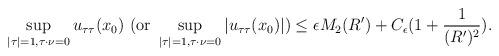
LaTeX: \begin{align*}\sup_{|\tau|=1, \tau\cdot \nu=0} u_{\tau\tau}(x_0) \ ({\rm or} \ \sup_{|\tau|=1, \tau\cdot \nu=0} |u_{\tau\tau}(x_0)| ) \le \epsilon M_2(R^\prime) + C_\epsilon(1+\frac{1}{(R^\prime)^2}).\end{align*}